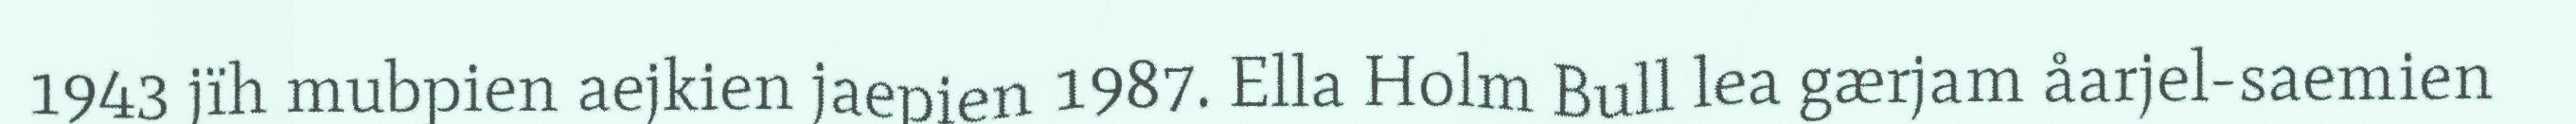
1943 jïh mubpien aejkien jaepien 1987. Ella Holm Bull lea gærjam åarjel-saemien